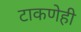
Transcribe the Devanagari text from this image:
टाकणेही